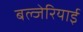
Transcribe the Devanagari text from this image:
बल्जेरियाई